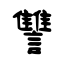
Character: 讐